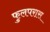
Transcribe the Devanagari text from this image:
फुलपरास